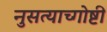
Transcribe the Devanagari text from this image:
नुसत्याच्गोष्टी